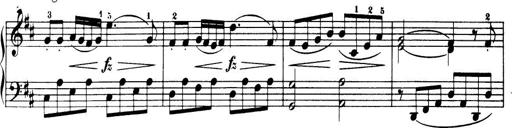
Title: 32 Sonatinas and Rondos for the Piano
Composer: Richard Kleinmichel